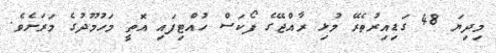
މިދިޔަ 48 ގަޑިއިރުތެރޭ މުޅި ރާއްޖޭގެ ފޯކަސް ހުއްޓިފައި އޮތީ މަހުމޫދުގެ މަރަށެވެ.